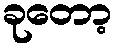
ခုတော့